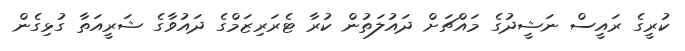
ކުރީގެ ރައީސް ނަޝީދުގެ މައްޗަށް ދައުލަތުން ކުރާ ޓެރަރިޒަމްގެ ދައުވާގެ ޝަރީއަތާ ގުޅިގެން